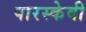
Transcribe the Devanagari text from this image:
पारस्केवी